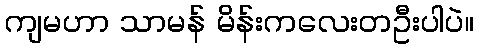
ကျမဟာ သာမန် မိန်းကလေးတဦးပါပဲ။